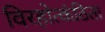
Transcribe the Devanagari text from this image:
विरहोत्कंठिता